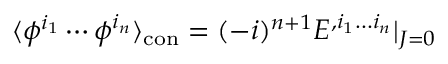
\langle \phi ^ { i _ { 1 } } \cdots \phi ^ { i _ { n } } \rangle _ { \mathrm { c o n } } = ( - i ) ^ { n + 1 } E ^ { , i _ { 1 } \dots i _ { n } } | _ { J = 0 }